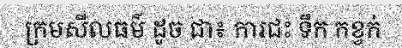
ក្រមសីលធម៌ ដូច ជា៖ ការជះ ទឹក កខ្វក់